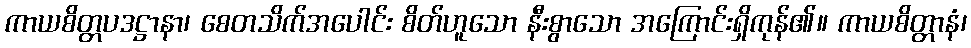
ကာယစိတ္တပဒဋ္ဌာနာ၊ စေတသိက်အပေါင်း စိတ်ဟူသော နီးစွာသော အကြောင်းရှိကုန်၏။ ကာယစိတ္တာနံ၊